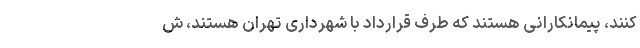
‌کنند، پیمانکارانی هستند که طرف قرارداد با شهرداری تهران هستند، ش